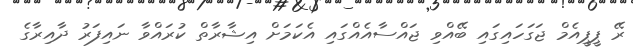
ރޭ ޕީޕީއެމް ޖަގަހައިގައި ބޭއްވި ޖައްސާއެއްގައި އެކަމަށް އިޝާރާތް ކުރައްވާ ނައިފަރު ދާއިރާގެ